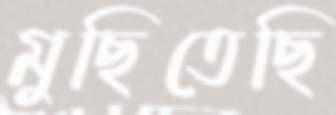
মুছিতেছি